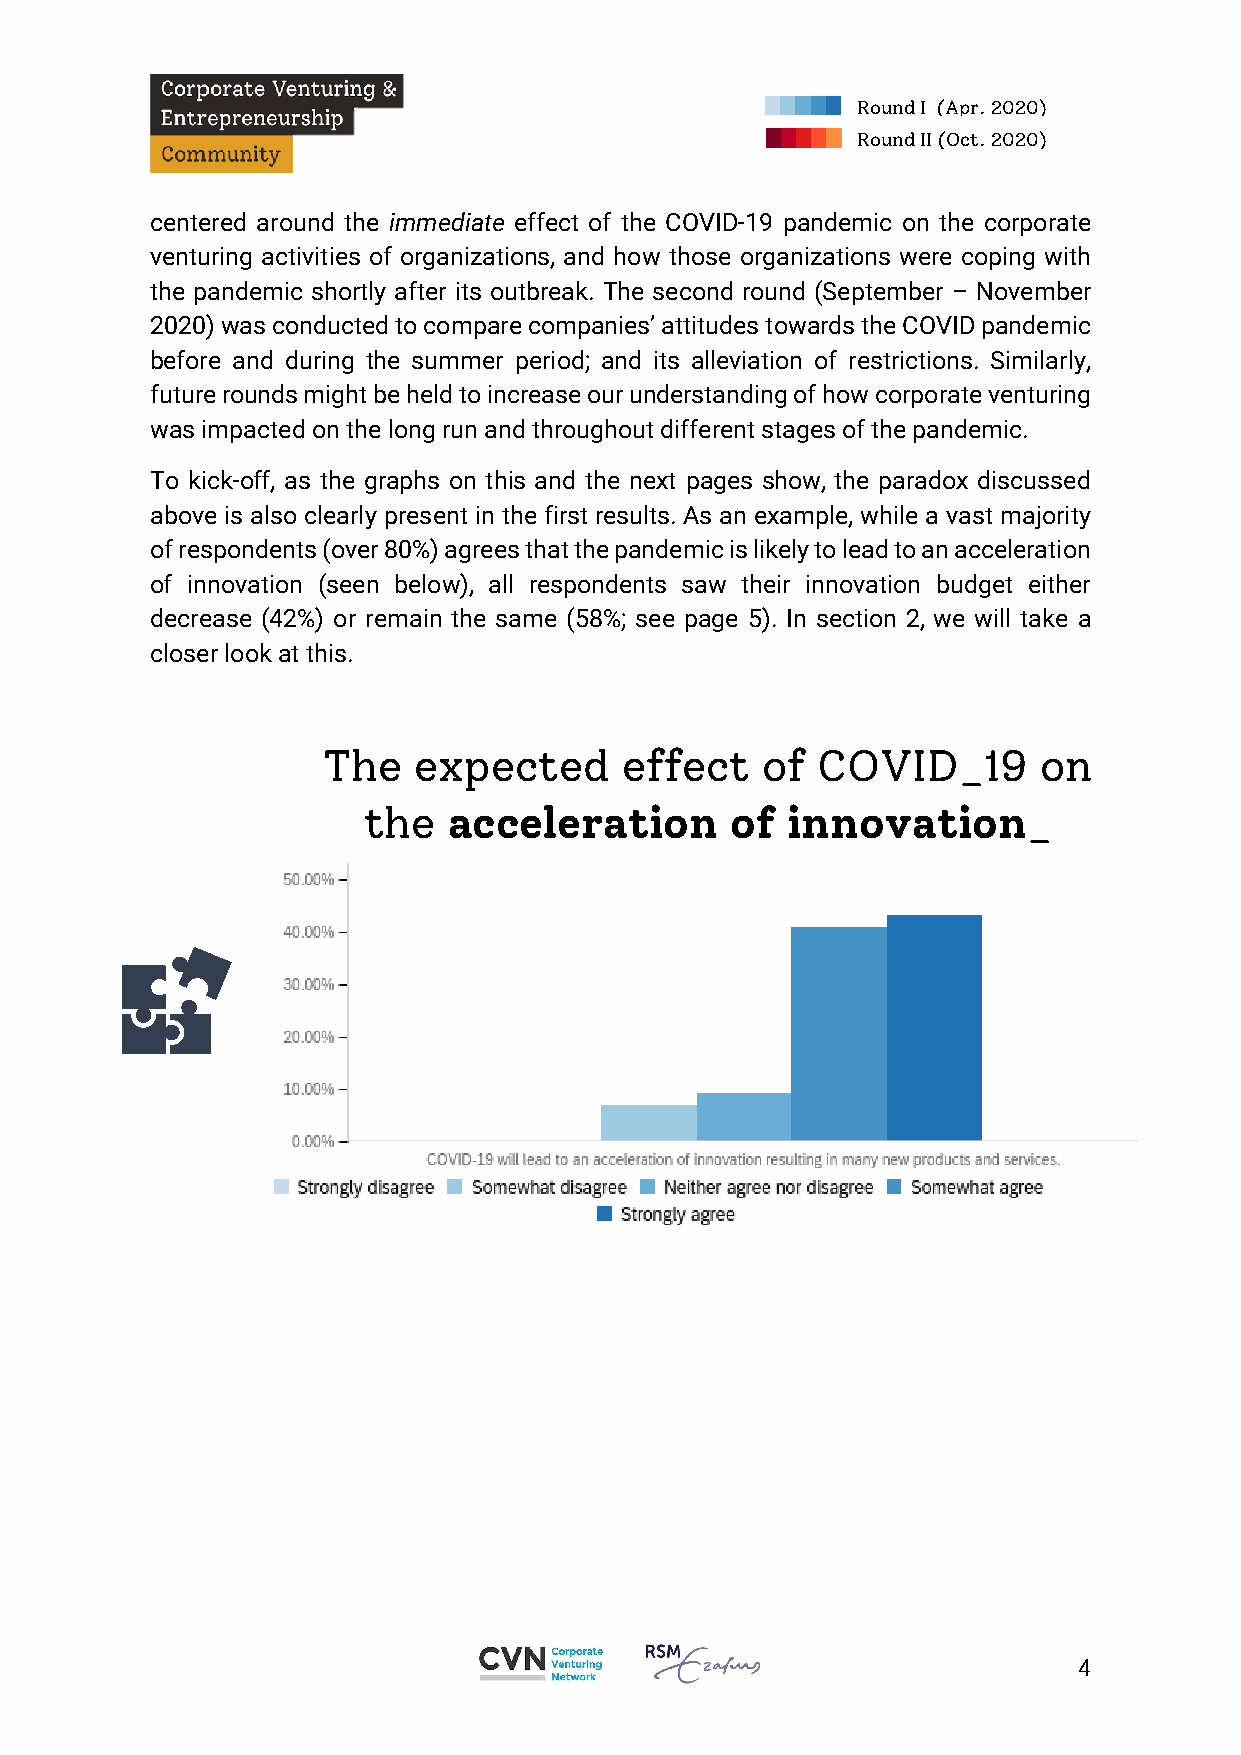
Round I (Apr. 2020)
 Round II (Oct. 2020)
 centered around the immediate effect of the COVID-19 pandemic on the corporate
 venturing activities of organizations, and how those organizations were coping with
 the pandemic shortly after its outbreak. The second round (September – November
 2020) was conducted to compare companies’ attitudes towards the COVID pandemic
 before and during the summer period; and its alleviation of restrictions. Similarly,
 future rounds might be held to increase our understanding of how corporate venturing
 was impacted on the long run and throughout different stages of the pandemic.
 To kick-off, as the graphs on this and the next pages show, the paradox discussed
 above is also clearly present in the first results. As an example, while a vast majority
 of respondents (over 80%) agrees that the pandemic is likely to lead to an acceleration
 of innovation (seen below), all respondents saw their innovation budget either
 decrease (42%) or remain the same (58%; see page 5). In section 2, we will take a
 closer look at this.
 The   expected      effect   of  COVID_19       on
 the   acceleration      of  innovation_
 4